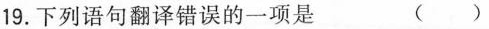
19. 下列语句翻译错误的一项是 ()